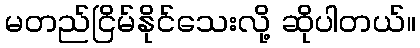
မတည်ငြိမ်နိုင်သေးလို့ ဆိုပါတယ်။